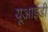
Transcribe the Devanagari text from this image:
यूआईडी